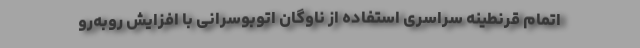
اتمام قرنطینه سراسری استفاده از ناوگان اتوبوسرانی با افزایش روبه‌رو